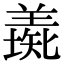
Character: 𦎶